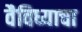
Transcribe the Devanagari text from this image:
वैविध्याचा